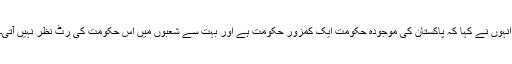
اْنہوں نے کہا کہ پاکستان کی موجودہ حکومت ایک کمزور حکومت ہے اور بہت سے شعبوں میں اس حکومت کی رٹ نظر نہیں آتی۔